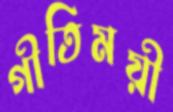
গীতিময়ী